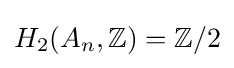
H_{2}(A_{n},\mathbb {Z} )=\mathbb {Z} /2